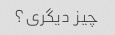
چیز دیگری؟